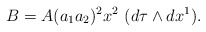
\begin{align*}B=A(a_1a_2)^2x^2\,\,(d\tau \wedge dx^1). \end{align*}